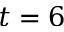
t = 6